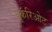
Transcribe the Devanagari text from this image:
यूकॅरिओट